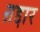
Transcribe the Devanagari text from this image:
ग़द्दार